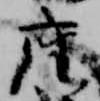
座